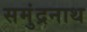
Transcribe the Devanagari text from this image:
समुंद्रनाथ